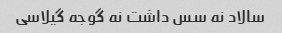
سالاد نه سس داشت نه گوجه گیلاسی